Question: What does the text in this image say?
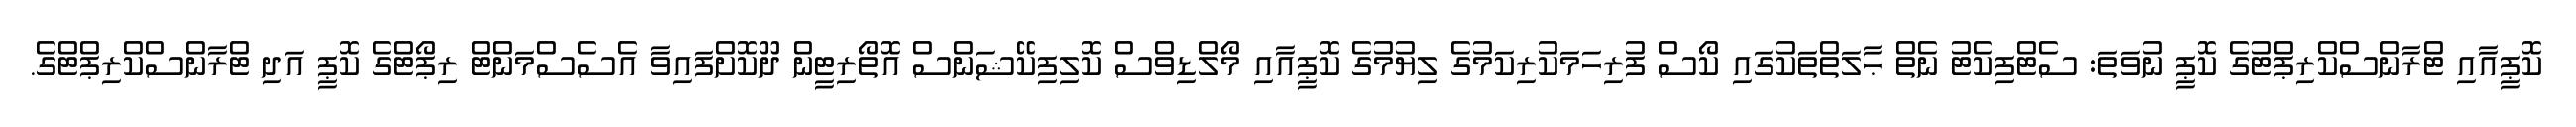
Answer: ކޮޕީއާއި ޓްރާންސްކްރިޕްޓުގެ ކޮޕީ ނުވަތަ: ސެޓްފިކެޓު ނެތް ޙާލަތްތަކުގައި ކޯސް ފުރިހަމަކުރިކަމުގެ ލިޔުމުގެ ކޮޕީއާއި މޯލްޑިވްސް ކޮލިފިކޭޝަންސް އޮތޯރިޓީން ދޫކޮށްފައިވާ އެސެސްމަންޓް ރިޕޯޓްގެ ކޮޕީ އަދި ޓްރާންސްކްރިޕްޓްގެ.